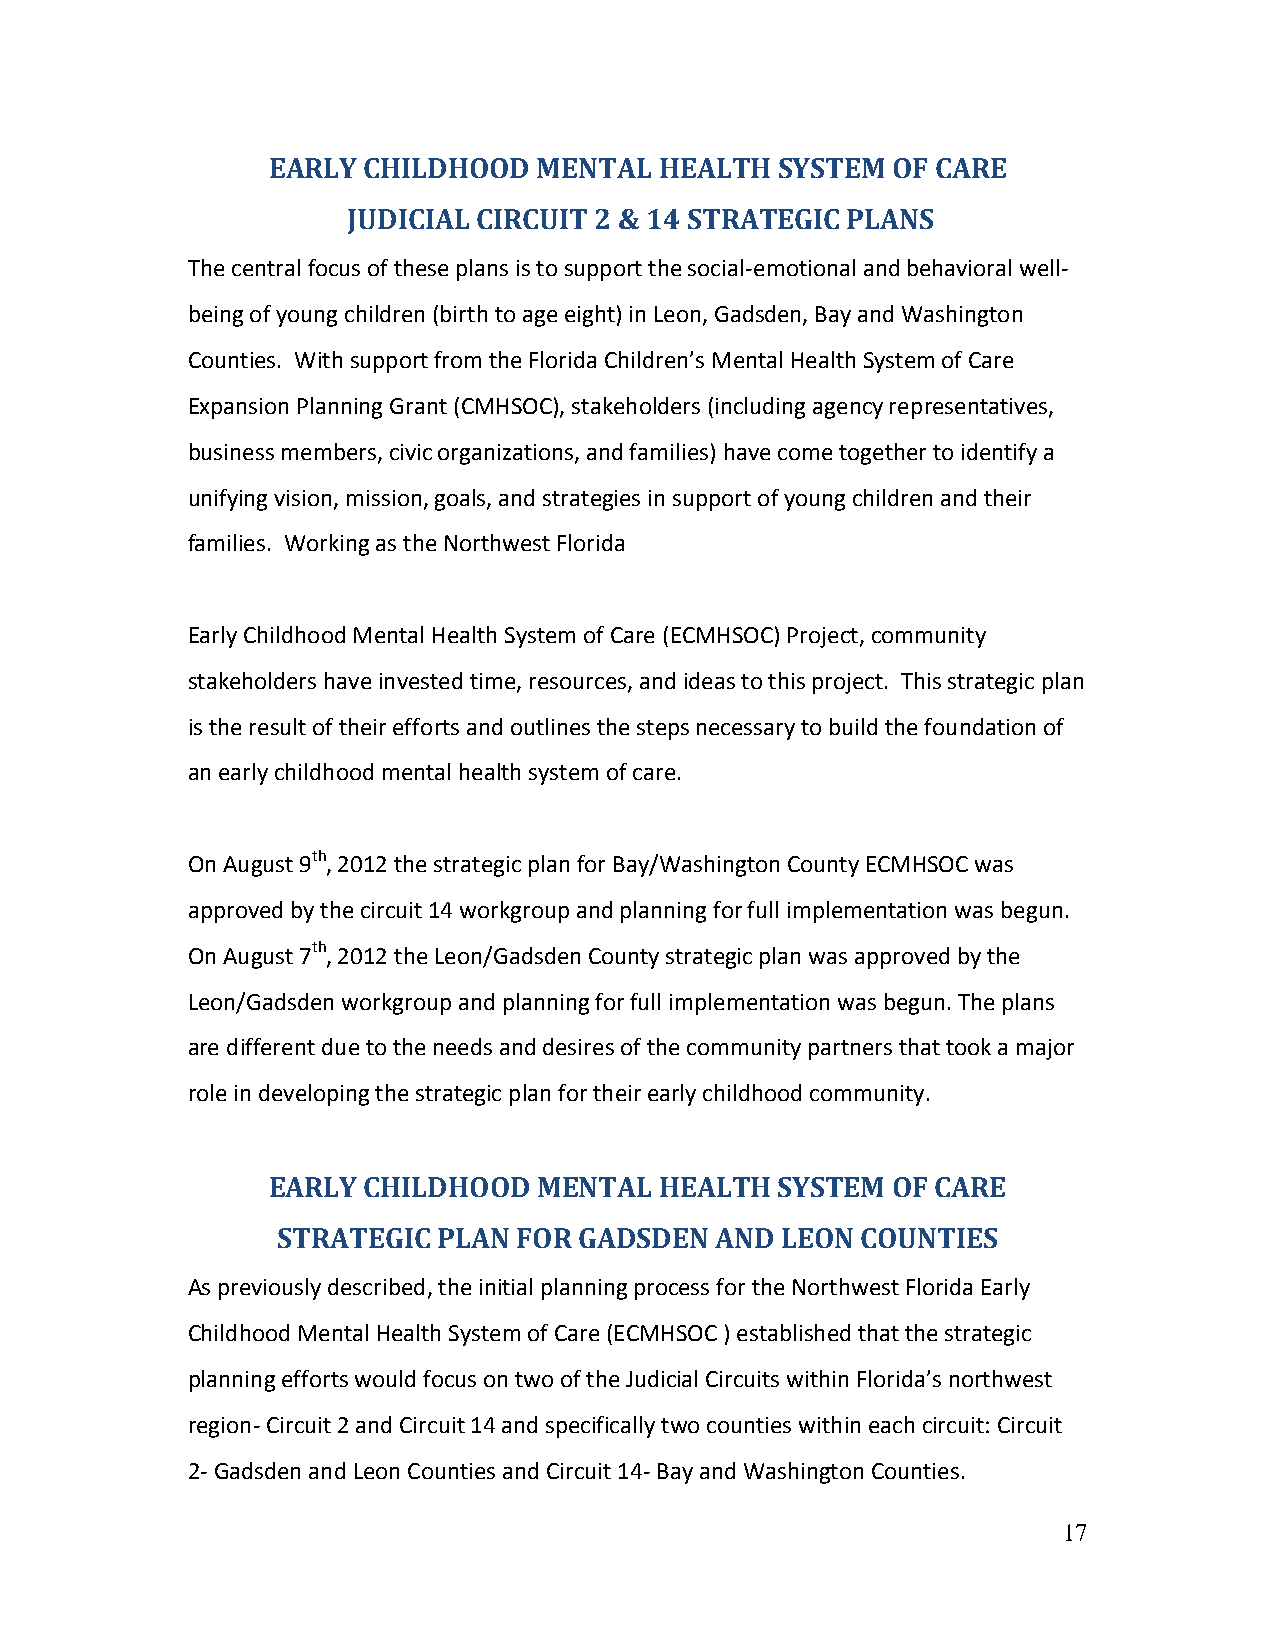
EARLY CHILDHOOD   MENTAL  HEALTH SYSTEM  OF CARE
 JUDICIAL CIRCUIT 2 & 14 STRATEGIC PLANS
 The central focus of these plans is to support the social-emotional and behavioral well-
 being of young children (birth to age eight) in Leon, Gadsden, Bay and Washington
 Counties. With support from the Florida Children’s Mental Health System of Care
 Expansion Planning Grant (CMHSOC), stakeholders (including agency representatives,
 business members, civic organizations, and families) have come together to identify a
 unifying vision, mission, goals, and strategies in support of young children and their
 families. Working as the Northwest Florida
 Early Childhood Mental Health System of Care (ECMHSOC) Project, community
 stakeholders have invested time, resources, and ideas to this project. This strategic plan
 is the result of their efforts and outlines the steps necessary to build the foundation of
 an early childhood mental health system of care.
 On August 9th, 2012 the strategic plan for Bay/Washington County ECMHSOC was
 approved by the circuit 14 workgroup and planning for full implementation was begun.
 On August 7th, 2012 the Leon/Gadsden County strategic plan was approved by the
 Leon/Gadsden workgroup and planning for full implementation was begun. The plans
 are different due to the needs and desires of the community partners that took a major
 role in developing the strategic plan for their early childhood community.
 EARLY CHILDHOOD   MENTAL  HEALTH SYSTEM  OF CARE
 STRATEGIC  PLAN FOR GADSDEN  AND  LEON COUNTIES
 As previously described, the initial planning process for the Northwest Florida Early
 Childhood Mental Health System of Care (ECMHSOC ) established that the strategic
 planning efforts would focus on two of the Judicial Circuits within Florida’s northwest
 region- Circuit 2 and Circuit 14 and specifically two counties within each circuit: Circuit
 2- Gadsden and Leon Counties and Circuit 14- Bay and Washington Counties.
 17